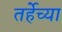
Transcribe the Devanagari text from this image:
तर्हेच्या